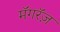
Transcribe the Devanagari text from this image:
मॅगरॅज़